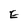
Character: E